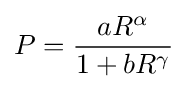
P={\frac {aR^{\alpha }}{1+bR^{\gamma }}}